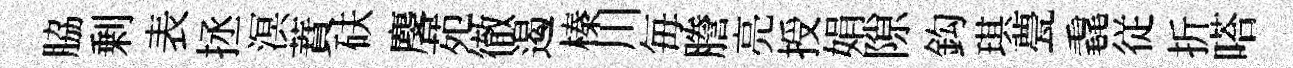
脇剰表拯溟蕡砆麐苑徹遏榛川毎謄亮授娟隙鈎琪甍毳従折嗒